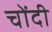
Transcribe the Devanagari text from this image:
चोंदी